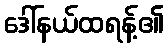
ဒေါ်နယ်ထရန့်၏